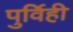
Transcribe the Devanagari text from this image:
पुर्विही